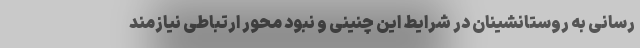
رسانی به روستانشینان در شرایط این چنینی و نبود محور ارتباطی نیازمند